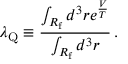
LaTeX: \lambda _ { \mathrm { Q } } \equiv \frac { \int _ { R _ { \mathrm { f } } } d ^ { 3 } r e ^ { \frac V { T } } } { \int _ { R _ { \mathrm { f } } } d ^ { 3 } r } \, .